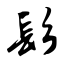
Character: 髟